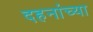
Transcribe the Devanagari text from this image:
दहनांच्या